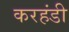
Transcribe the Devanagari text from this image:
करहंडी